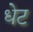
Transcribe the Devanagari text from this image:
धेट